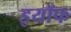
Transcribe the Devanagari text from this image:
इयॉफ